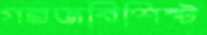
গরজবিশিষ্ট